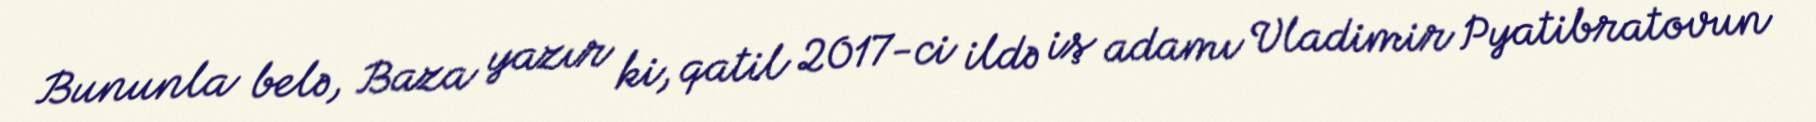
Bununla belə, Baza yazır ki, qatil 2017-ci ildə iş adamı Vladimir Pyatibratovun